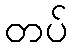
တပ်